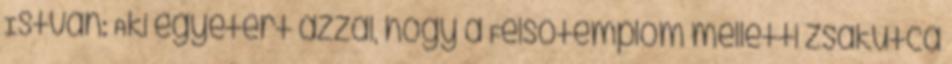
István: Aki egyetért azzal, hogy a Felsőtemplom melletti zsákutca